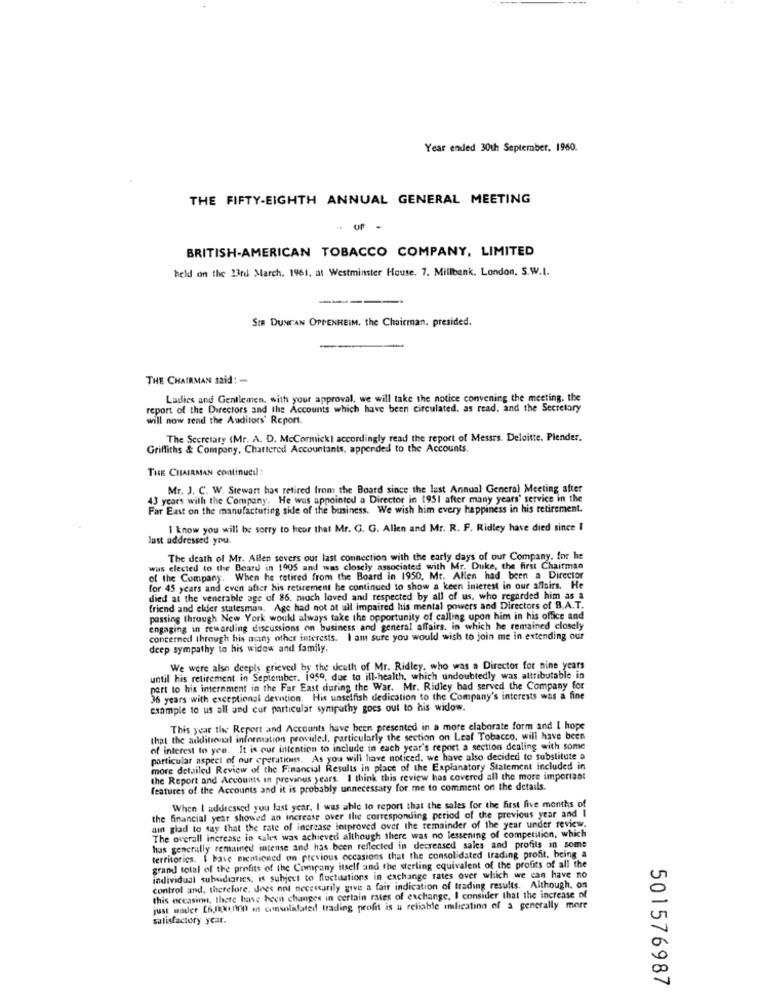
Year ended 30th September. 1960.
THE FIFTY-EIGHTH ANNUAL GENERAL MEETING
BRITISH-AMERICAN TOBACCO COMPANY, LIMITED
held on the 23rd March. 1961, at Westminster House. 7. Millbank. London. S.W.I.
---
SIR DUNCAN OPPENHEIM, the Chairman, presided.
THE CHAIRMAN said: -
Ladies and Gentlemen, with your approval, we will take the notice convening the meeting. the
report of the Directors and the Accounts which have been circulated. as read, and the Secretary
will now send the Auditors' Report.
The Secretary (Mr. A. D. McCormick) accordingly read the report of Messrs. Deloitte, Plender.
Griffiths & Company, Chartered Accountants, appended to the Accounts.
THE CHAIRMAN continued:
Mr. J. C. W. Stewart has retired from the Board since the last Annual General Meeting after
43 years with the Company. He was appointed a Director in 1951 after many years' service in the
Far East on the manufacturing side of the business. We wish him every happiness in his retirement.
I know you will be sorry to hear that Mr. G. G. Allen and Mr. R. F. Ridley have died since I
lust addressed you.
The death of Mr. Allen severs our last connection with the early days
Hly days of our Company, for he
was elected to the Board in 1905 and was closely associated with Mr. Duke, the first Chairman
of the Company. When he retired from the Board in 1950, Me. Allen had been a Director
for 45 years and even after his retirement be continued to show a keen interest in our affairs. He
died at the venerable age of 86, nioch loved and respected by all of us, who regarded him as a
friend and eller statesman. Age had not at all impaired his mental powers and Directors of B.A.T.
passing through New York woukl always take the opportunity of calling upon him in his office and
engaging in rewarding discussions on business and general affairs, in which he remained closely
concerned through his many other interests. I am sure you would wish to join me in extending our
deep sympathy to his widow and family.
We were also deeply grieved by the death of Mr. Ridley, who was a Director for nine years
until his retirement in September. 1959, due to ill-health, which undoubtedly was attributable in
port to his internment in the Far East during the War. Mr. Ridley had served the Company for
36 years with exceptional devotion. His unselfish dedication to the Company's interests was a fine
example to us all and cur particular sympathy goes out to his widow.
This year the Report and Accounts have been presented in a more elaborate form and I hope
that the additional information provided, particularly the section on Leaf Tobacco, will have been
of interest In yen. It is our intention to include in each year's report a section dealing with some
particular aspect of our cperations. As you will have noticed. we have also decided to substitute a
more detailed Review of the Financial Results in place of the Explanatory Statement included in
the Report and Accounts in previous years. I think this review has covered all the more important
features of the Accounts and it is probably unnecessary for me to comment on the details.
When I addressed you last year. I was able to report that the sales for the first five months of
the financial year showed an increase over the corresponding period of the previous year and I
ain glad to say that the rate of increase improved over the remainder of the year under review.
The overall increase in cales was achieved although there was no lessening of competition, which
hus generally remained intense and has been reflected in decreased sales and profits in some
territorics. I have mentioned on previous occasions that the consolidated trading profit. being a
grand total of the profits of the Company itself and the sterling equivalent of the profits of all the
individual subsidiaries, is subject to fluctuations in exchange rates over which we can have no
control and, therefore. does not necessarily give a fair indication of trading results. Although. on
this occasion, there have been changes in certain rates of exchange, I consider that the increase of
just mader [6.000 1100 in consolidated trading profit is a reliable mulication of a generally more
satisfactory year.
501576987